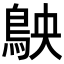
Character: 𬷅